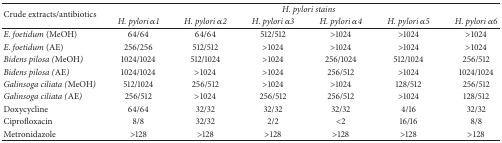
| <ROWSPAN=2> Crude extracts/antibiotics | <COLSPAN=6> H. pylori stains |
 | H. pylori α1 | H. pylori α2 | H. pylori α3 | H. pylori α4 | H. pylori α5 | H. pylori α6 |
 | --- | --- | --- | --- | --- | --- | --- |
 | E. foetidum (MeOH) | 64/64 | 64/64 | 512/512 | >1024 | >1024 | >1024 |
 | E. foetidum (AE) | 256/256 | 512/512 | >1024 | >1024 | >1024 | >1024 |
 | Bidens pilosa (MeOH) | 1024/1024 | 512/1024 | >1024 | 256/1024 | 512/1024 | 256/512 |
 | Bidens pilosa (AE) | 1024/1024 | >1024 | >1024 | 256/512 | >1024 | 1024/1024 |
 | Galinsoga ciliata (MeOH) | 512/1024 | 256/512 | >1024 | >1024 | 128/512 | 256/512 |
 | Galinsoga ciliata (AE) | 256/512 | >1024 | 256/512 | 256/512 | >1024 | 128/512 |
 | Doxycycline | 64/64 | 32/32 | 32/32 | 32/32 | 4/16 | 32/32 |
 | Ciprofloxacin | 8/8 | 32/32 | 2/2 | <2 | 16/16 | 8/8 |
 | Metronidazole | >128 | >128 | >128 | >128 | >128 | >128 |